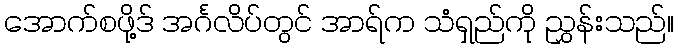
အောက်စဖို့ဒ် အင်္ဂလိပ်တွင် အာရ်က သံရှည်ကို ညွှန်းသည်။